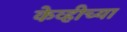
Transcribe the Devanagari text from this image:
केव्हीच्या